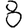
Digit: 8